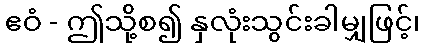
ဧဝံ - ဤသို့စ၍ နှလုံးသွင်းခါမျှဖြင့်၊